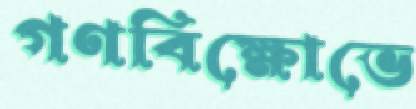
গণবিক্ষোভে